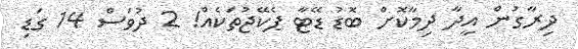
ދިރާގުން އީދާ ދިމާކޮށް ބޮޑު ޑޭޓާ ޕެކޭޖުތަކެއް! 2 ދުވަސް 14 ގަޑި